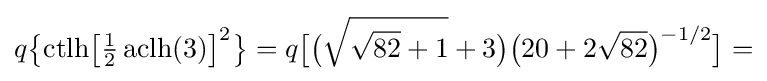
q{\bigl \{}\mathrm {ctlh} {\bigl [}{\tfrac {1}{2}}\operatorname {aclh} (3){\bigr ]}^{2}{\bigr \}}=q{\bigl [}{\bigl (}{\sqrt {{\sqrt {82}}+1}}+3{\bigr )}{\bigl (}20+2{\sqrt {82}}{\bigr )}^{-1/2}{\bigr ]}=